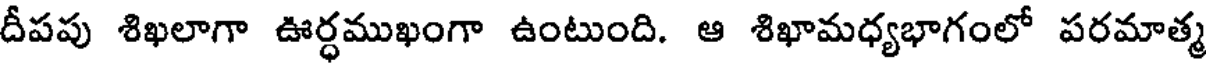
దీపపు శిఖలాగా ఊర్ధముఖంగా ఉంటుంది. ఆ శిఖామధ్యభాగంలో పరమాత్మ